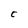
Character: C